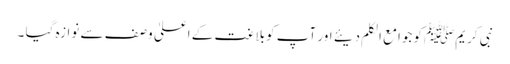
نبی کریمﷺکو جوامع الکلم دیئے اور آپ کوبلاغت کے اعلیٰ وصف سے نوازہ گیا ۔